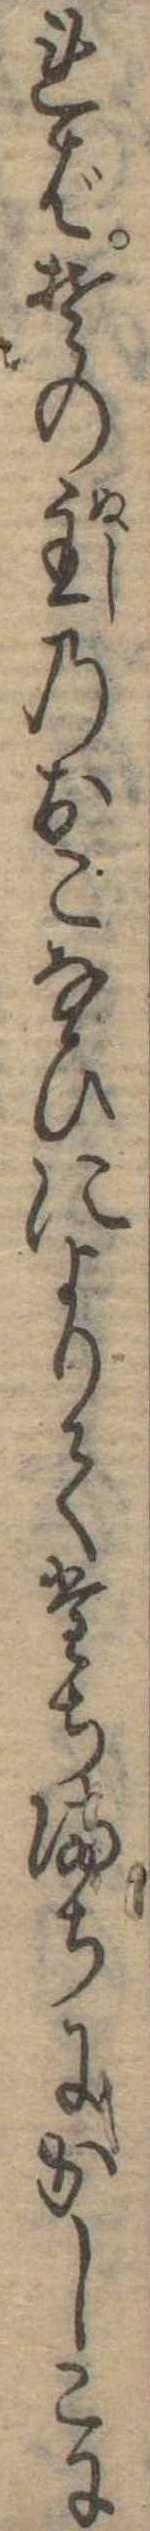
ればその主のおこなひによりてたちまちにかしこに